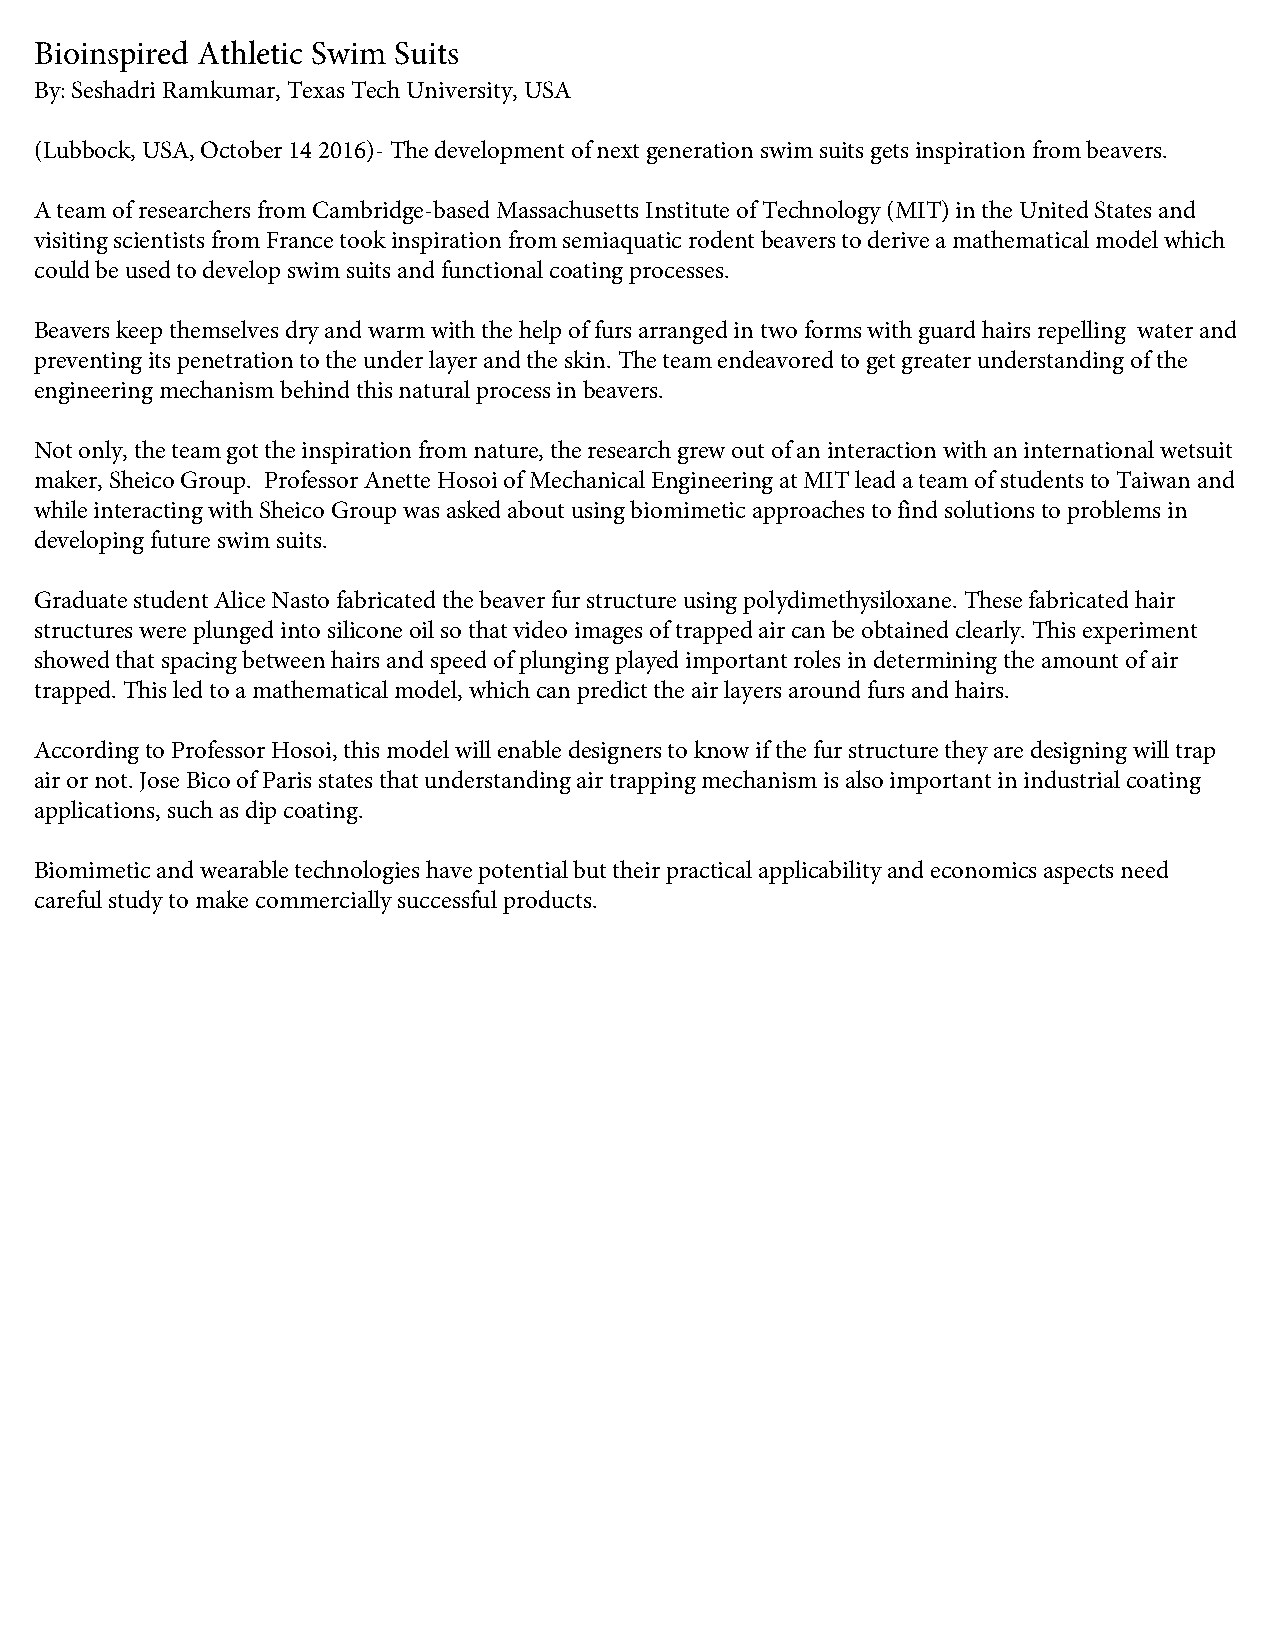
Bioinspired Athletic Swim Suits
 By: Seshadri Ramkumar, Texas Tech University, USA
 (Lubbock, USA, October 14 2016)- The development of next generation swim suits gets inspiration from beavers.
 A team of researchers from Cambridge-based Massachusetts Institute of Technology (MIT) in the United States and
 visiting scientists from France took inspiration from semiaquatic rodent beavers to derive a mathematical model which
 could be used to develop swim suits and functional coating processes.
 Beavers keep themselves dry and warm with the help of furs arranged in two forms with guard hairs repelling water and
 preventing its penetration to the under layer and the skin. The team endeavored to get greater understanding of the
 engineering mechanism behind this natural process in beavers.
 Not only, the team got the inspiration from nature, the research grew out of an interaction with an international wetsuit
 maker, Sheico Group. Professor Anette Hosoi of Mechanical Engineering at MIT lead a team of students to Taiwan and
 while interacting with Sheico Group was asked about using biomimetic approaches to find solutions to problems in
 developing future swim suits.
 Graduate student Alice Nasto fabricated the beaver fur structure using polydimethysiloxane. These fabricated hair
 structures were plunged into silicone oil so that video images of trapped air can be obtained clearly. This experiment
 showed that spacing between hairs and speed of plunging played important roles in determining the amount of air
 trapped. This led to a mathematical model, which can predict the air layers around furs and hairs.
 According to Professor Hosoi, this model will enable designers to know if the fur structure they are designing will trap
 air or not. Jose Bico of Paris states that understanding air trapping mechanism is also important in industrial coating
 applications, such as dip coating.
 Biomimetic and wearable technologies have potential but their practical applicability and economics aspects need
 careful study to make commercially successful products.